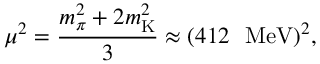
{ \mu } ^ { 2 } = \frac { m _ { \pi } ^ { 2 } + 2 m _ { \mathrm { K } } ^ { 2 } } { 3 } \approx ( 4 1 2 ~ ~ \mathrm { M e V } ) ^ { 2 } ,